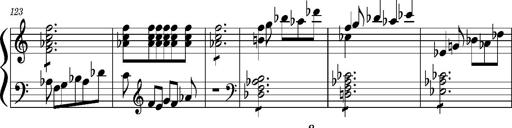
Title: Concerto sans orchestre, S.524a
Composer: Franz Liszt
Key: A major